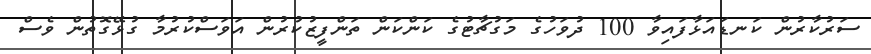
ސަރުކާރުން ކަނޑައަޅާފައިވާ 100 ދުވަހުގެ މަގުޗާޓުގެ ކަންކަން ތަންފީޒުކުރުން އަވަސްކުރުމާ ގުޅޭގޮތުން ވެސް